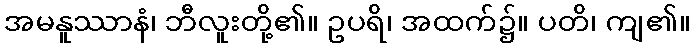
အမနူဿာနံ၊ ဘီလူးတို့၏။ ဥပရိ၊ အထက်၌။ ပတိ၊ ကျ၏။